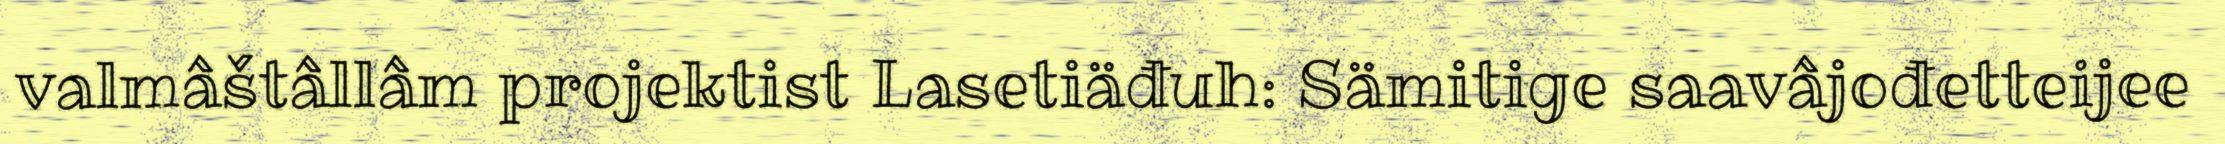
valmâštâllâm projektist Lasetiäđuh: Sämitige saavâjođetteijee